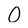
Character: 0